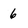
Character: 6